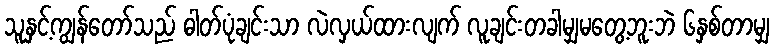
သူနှင့်ကျွန်တော်သည် ဓါတ်ပုံချင်းသာ လဲလှယ်ထားလျက် လူချင်းတခါမျှမတွေ့ဘူးဘဲ ၆နှစ်တာမျှ